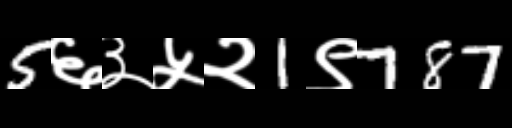
Text: 5६३५२1९787